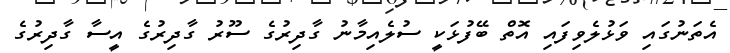
އެތަނުގައި ވަޅުލެވިފައި އޮތް ބޭފުޅަކީ ސުލެއިމާނު ގާދިރުގެ ސޫރު ގާދިރުގެ އީސާ ގާދިރުގެ